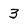
Character: 3